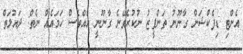
އެންޓި ޑިފެކްޝަން ގާނޫނު ތަންފީޒު ނުކުރެވޭނެ ގާނޫނީ އެއްވެސް ހަމައެއް ނެތް: ދައުލަތް